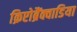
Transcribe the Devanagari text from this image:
क्रिप्टोब्रैंक्वाडिया